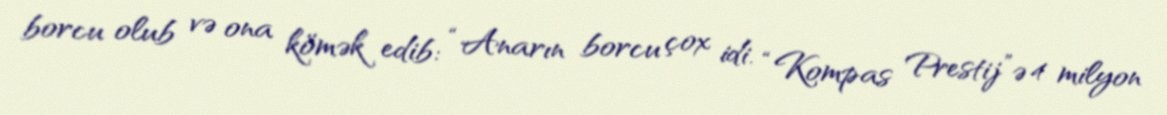
borcu olub və ona kömək edib: “Anarın borcu çox idi. “Kompas Prestij”ə 4 milyon